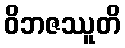
ဝိဘဇဿူတိ